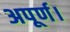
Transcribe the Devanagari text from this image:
अपूर्ण।